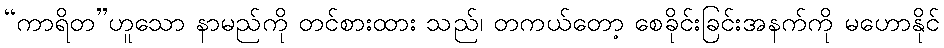
“ကာရိတ”ဟူသော နာမည်ကို တင်စားထား သည်၊ တကယ်တော့ စေခိုင်းခြင်းအနက်ကို မဟောနိုင်